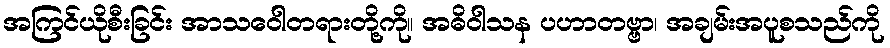
အကြင်ယိုစီးခြင်း အာသဝေါတရားတို့ကို။ အဓိဝါသန ပဟာတဗ္ဗာ၊ အချမ်းအပူစသည်ကို